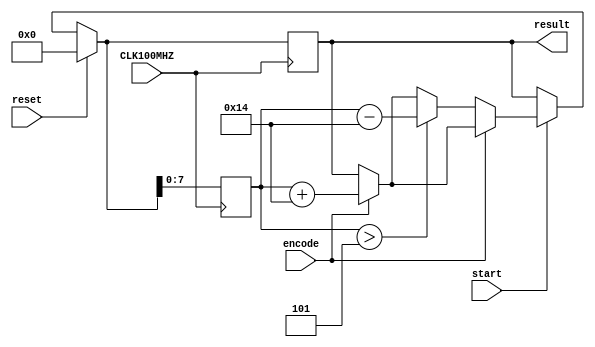
`timescale 1ns / 1ps
//////////////////////////////////////////////////////////////////////////////////
// Company: 
// Engineer: 
// 
// Design Name: 
// Module Name: decode
// Project Name: 
// Target Devices: 
// Tool Versions: 
// Description: 
// 
// Dependencies: 
// 
// Revision:
// Revision 0.01 - File Created
// Additional Comments:
// 
//////////////////////////////////////////////////////////////////////////////////


module decode(
    input CLK100MHZ,
    input encode, // do 1-bit decoded at a time
    input reset,
    input start,
    output signed [8:0] result
    );
    

    reg [7:0] delay = 0;  //prevoius output value, need to update delay in main after each 

    reg signed [8:0] data = 0;
    always@(posedge CLK100MHZ) begin
            if (reset == 1) begin
                data = 0;

            end
            
            else if(start == 1) begin

                if(encode == 1'b1) begin
                    data = delay + 20;
                end
                if(encode == 1'b0) begin
                    // decrement
                    if(delay > 5) begin
                        data = delay - 20;
                    end
                end
            end
            
            
            delay = data;
    end
    
    assign result = data;
    
       
endmodule